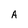
Character: A